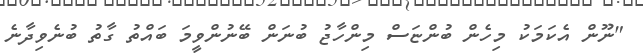
"ނޫން އެކަމަކު މިހެން ބުންޏަސް މިންހާޖު ބުނަން ބޭނުންވީމަ ބައްތު ގާތު ބުނެވިދާނެ